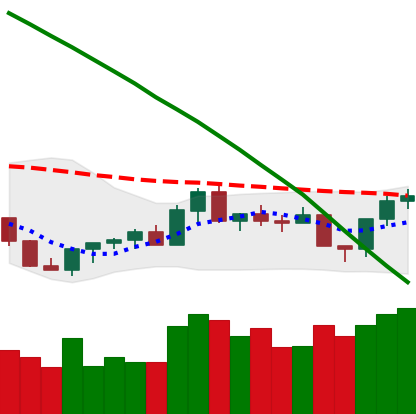
Ticker: XLM-USD
Chart end date: 2022-07-29
Forward return: -3.054%
Label: down_3_5